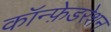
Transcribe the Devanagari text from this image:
कॉन्फ़ेडरेशन